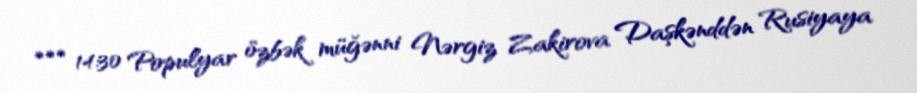
*** 14:30 Populyar özbək müğənni Nərgiz Zakirova Daşkənddən Rusiyaya